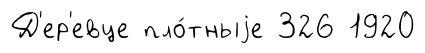
Д'ер'евце пло́тныjе 326 1920